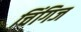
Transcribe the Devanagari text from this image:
चिंगिज